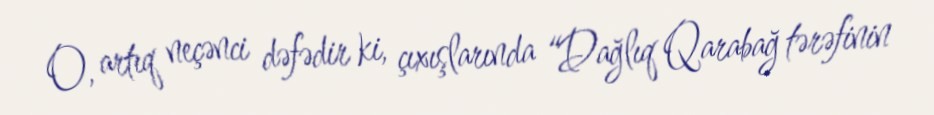
O, artıq neçənci dəfədir ki, çıxışlarında “Dağlıq Qarabağ tərəfinin